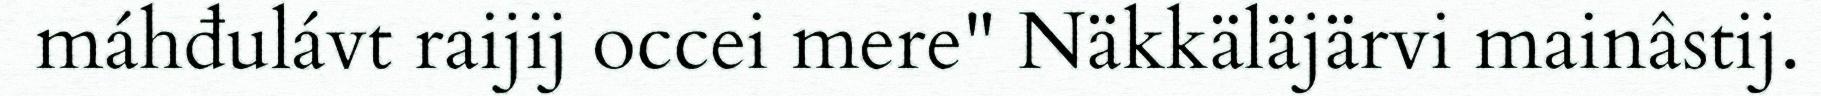
máhđulávt raijij occei mere" Näkkäläjärvi mainâstij.